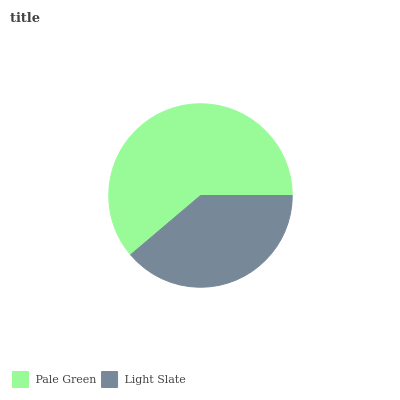
| Pale Green | Light Slate |
 | --- | --- |
 | 61.1% | 38.9% |